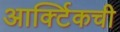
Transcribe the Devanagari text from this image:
आर्क्टिकची